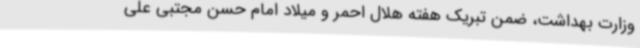
وزارت بهداشت، ضمن تبریک هفته هلال احمر و میلاد امام حسن مجتبی علی